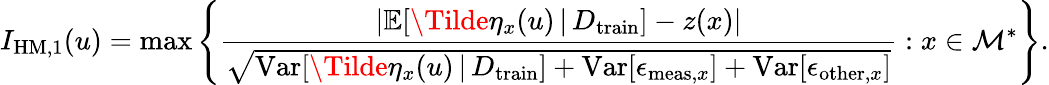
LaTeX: I_{\mathrm{HM},1}(u)=\operatorname*{max}\left\{ \frac{\lvert\mathbb{E}[\Tilde{\eta}_{x}(u)\, \vert\, D_{\mathrm{train}}]-z(x)\rvert}{\sqrt{\mathrm{Var}[\Tilde{\eta}_{x}(u)\, \vert\, D_{\mathrm{train}}]+\mathrm{Var}[\epsilon_{\mathrm{meas},x}]+\mathrm{Var}[\epsilon_{\mathrm{other},x}]}}:x\in\mathcal{M}^{*}\right\} .